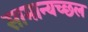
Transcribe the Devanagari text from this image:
सामान्यच्छल